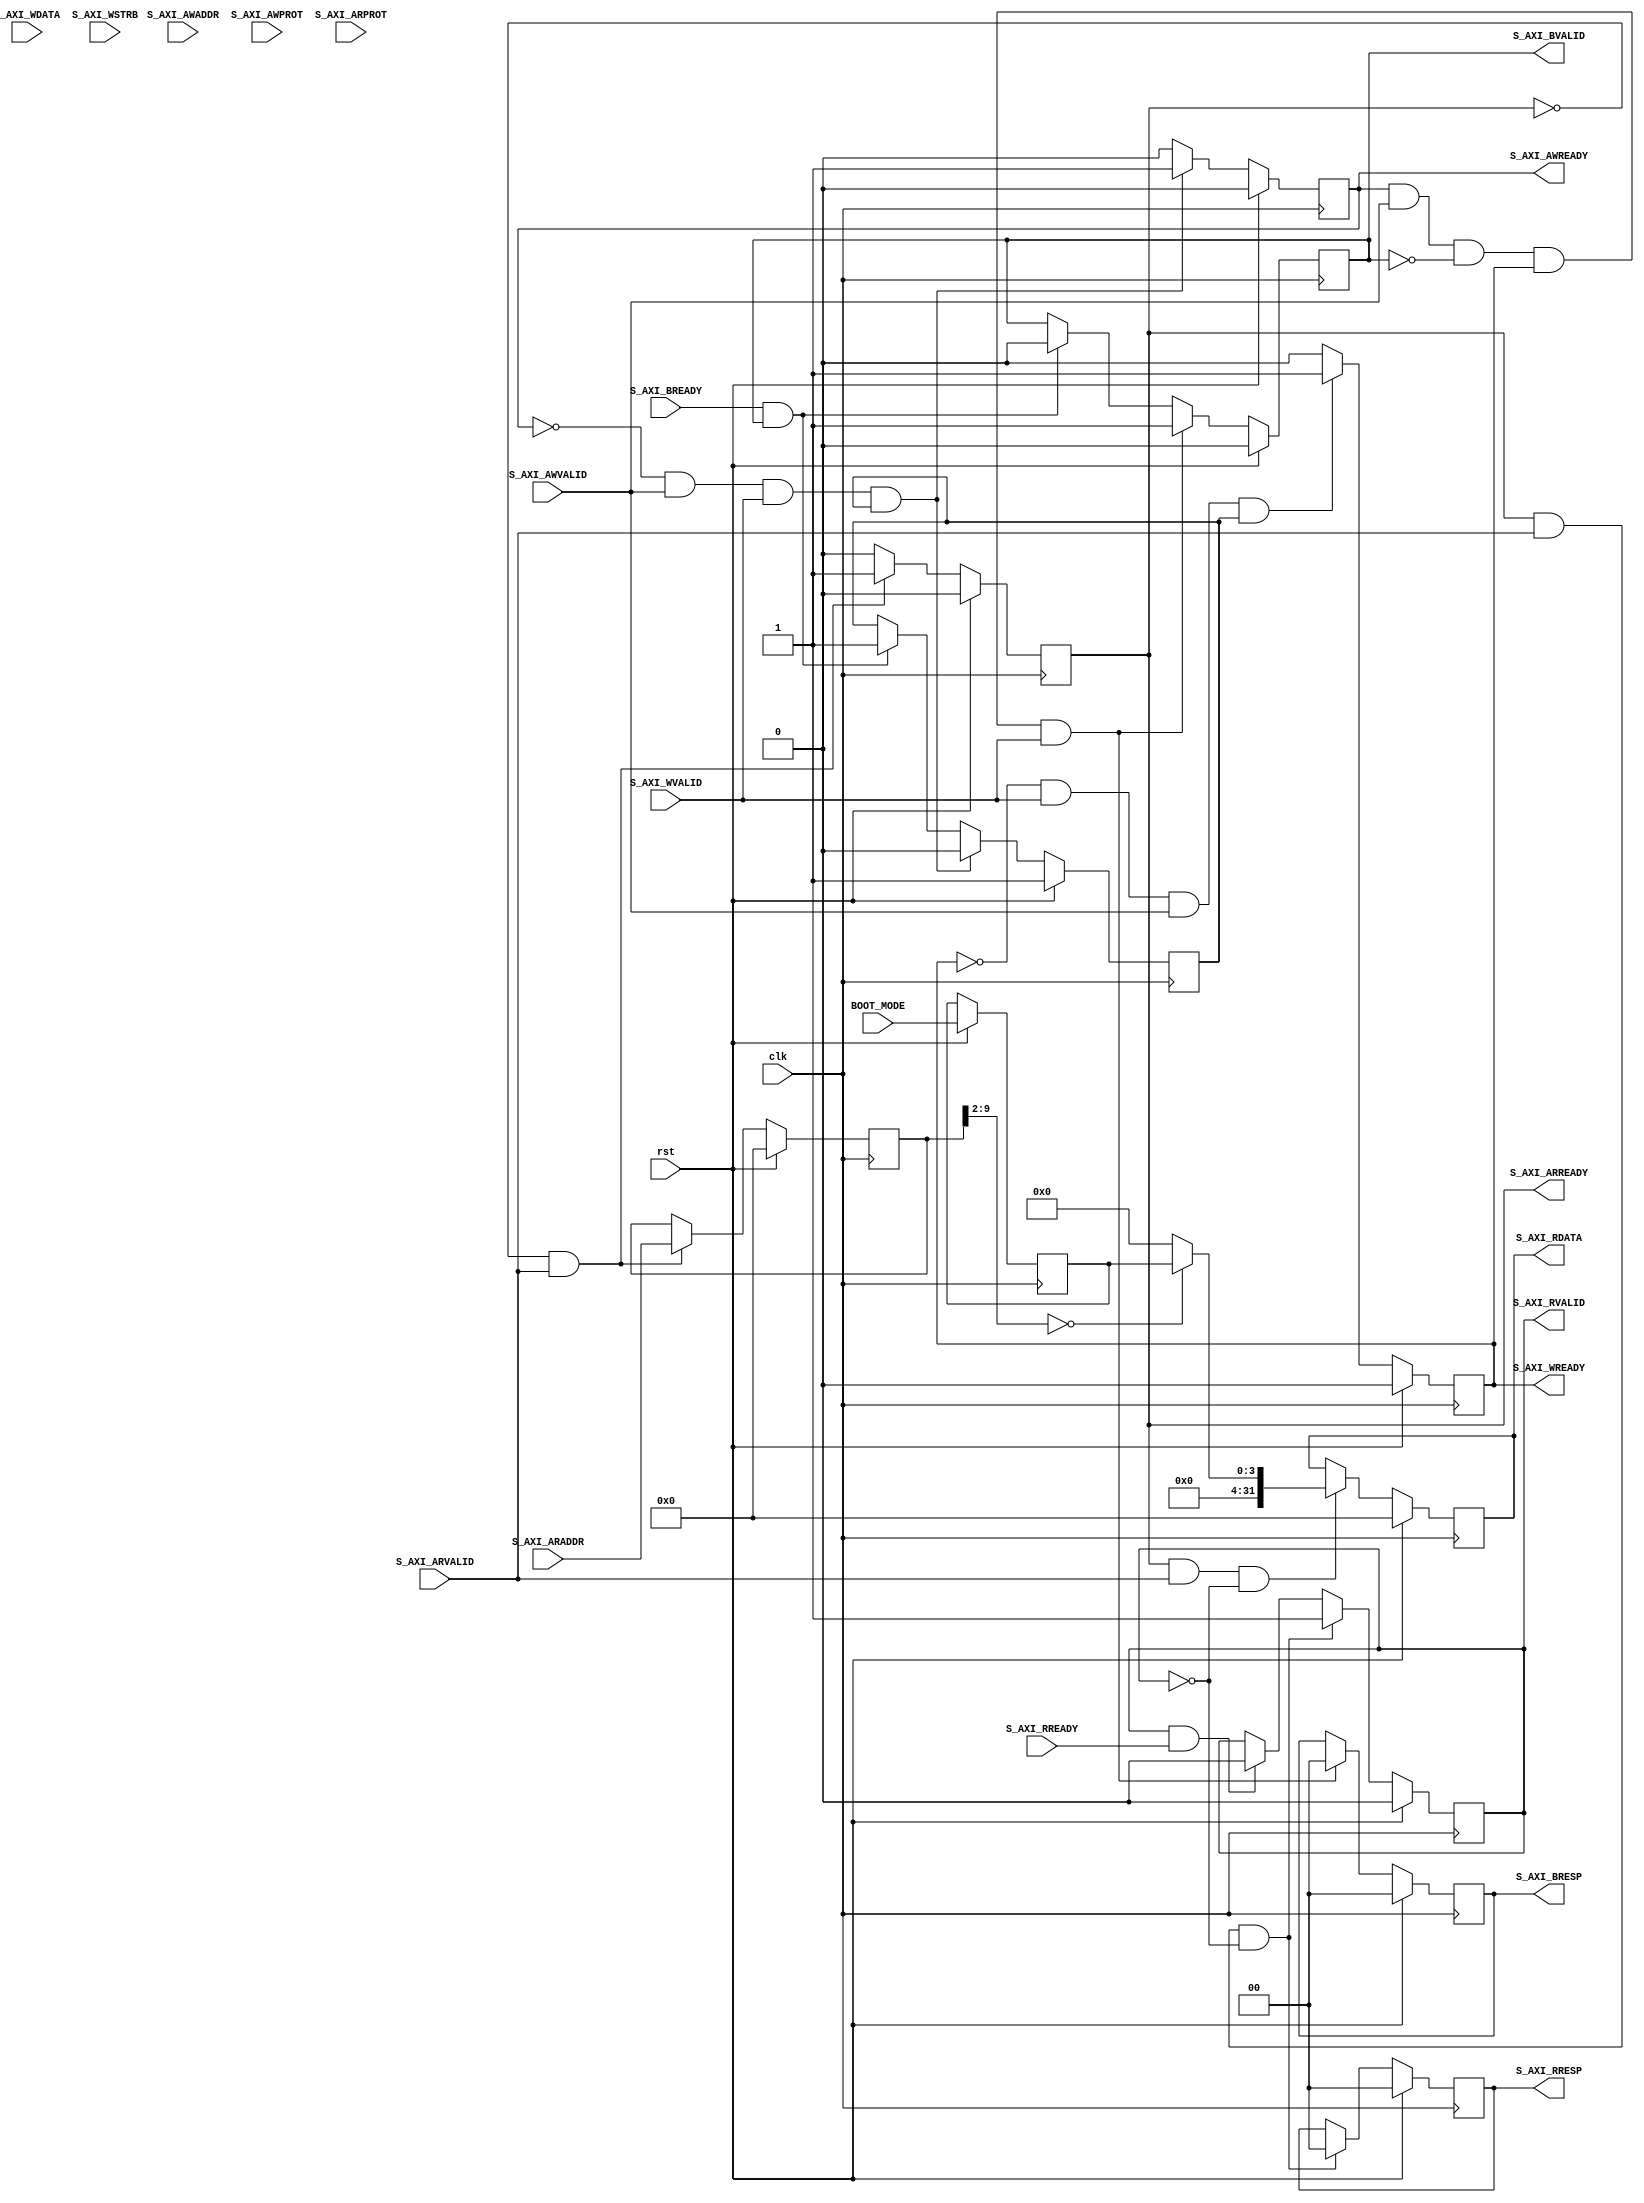
//******************************************************************************
// Copyright (c) 2018 - 2023, Indian Institute of Science, Bangalore.
// All Rights Reserved. See LICENSE for license details.
//------------------------------------------------------------------------------

// Contributors // Manish Kumar(manishkumar5@iisc.ac.in), Shubham Yadav(shubhamyadav@iisc.ac.in)
// Sajin S (sajins@alum.iisc.ac.in, Shubham Sunil Garag (shubhamsunil@alum.iisc.ac.in)
// Anuj Phegade (anujphegade@alum.iisc.ac.in), Deepshikha Gusain (deepshikhag@alum.iisc.ac.in)
// Ronit Patel (ronitpatel@alum.iisc.ac.in), Vishal Kumar (vishalkumar@alum.iisc.ac.in)
// Kuruvilla Varghese (kuru@iisc.ac.in)
//******************************************************************************
`timescale 1 ns / 1 ps

(* keep_hierarchy = "yes" *)
module CoreCFG_v1_0 #
(
    // Users to add parameters here

    // User parameters ends
    // Do not modify the parameters beyond this line

    // Width of S_AXI data bus
    parameter integer C_S_AXI_DATA_WIDTH    = 32,   //32 or 64 (module complient with both)
    // Width of S_AXI address bus
    parameter integer C_S_AXI_ADDR_WIDTH    = 32    //32 or 64 (module complient with both)
)
(
    // Users to add ports here
    input  wire [3:0]                           BOOT_MODE,

    // User ports ends
    // Do not modify the ports beyond this line
    input  wire                                 clk,           // Global Clock Signal
    input  wire                                 rst,           // Global Reset Signal

    input  wire [C_S_AXI_ADDR_WIDTH-1:0]        S_AXI_AWADDR,  // Write address (issued by master, acceped by Slave)
    input  wire [2:0]                           S_AXI_AWPROT,  // Write channel Protection type
    input  wire                                 S_AXI_AWVALID, // Write address valid
    output wire                                 S_AXI_AWREADY, // Write address ready

    input  wire [C_S_AXI_DATA_WIDTH-1:0]        S_AXI_WDATA,   // Write data (issued by master, acceped by Slave)
    input  wire [(C_S_AXI_DATA_WIDTH/8)-1:0]    S_AXI_WSTRB,   // Write strobes
    input  wire                                 S_AXI_WVALID,  // Write valid
    output wire                                 S_AXI_WREADY,  // Write ready

    output wire [1: 0]                          S_AXI_BRESP,   // Write response
    output wire                                 S_AXI_BVALID,  // Write response valid
    input  wire                                 S_AXI_BREADY,  // Response ready

    input  wire [C_S_AXI_ADDR_WIDTH-1:0]        S_AXI_ARADDR,  // Read address (issued by master, acceped by Slave)
    input  wire [2:0]                           S_AXI_ARPROT,  // Protection type
    input  wire                                 S_AXI_ARVALID, // Read address valid
    output wire                                 S_AXI_ARREADY, // Read address ready

    output wire [C_S_AXI_DATA_WIDTH-1:0]        S_AXI_RDATA,   // Read data (issued by slave)
    output wire [1:0]                           S_AXI_RRESP,   // Read response
    output wire                                 S_AXI_RVALID,  // Read valid
    input  wire                                 S_AXI_RREADY   // Read ready
);

wire S_AXI_ACLK     = clk;
wire S_AXI_ARESETN  = ~rst;

// AXI4LITE signals
reg [C_S_AXI_ADDR_WIDTH-1 : 0]  axi_awaddr;
reg     axi_awready;
reg     axi_wready;
reg [1 : 0]     axi_bresp;
reg     axi_bvalid;
reg [C_S_AXI_ADDR_WIDTH-1 : 0]  axi_araddr;
reg     axi_arready;
reg [C_S_AXI_DATA_WIDTH-1 : 0]  axi_rdata;
reg [1 : 0]     axi_rresp;
reg     axi_rvalid;

// Example-specific design signals
// local parameter for addressing 32 bit / 64 bit C_S_AXI_DATA_WIDTH
// ADDR_LSB is used for addressing 32/64 bit registers/memories
// ADDR_LSB = 2 for 32 bits (n downto 2)
// ADDR_LSB = 3 for 64 bits (n downto 3)
localparam integer ADDR_LSB = (C_S_AXI_DATA_WIDTH/32) + 1;
//----------------------------------------------
//-- Signals for user logic register space example
//------------------------------------------------
//-- Number of Slave Registers 256
reg [3:0]  boot_mode;


wire     slv_reg_rden;
wire     slv_reg_wren;
reg [C_S_AXI_DATA_WIDTH-1:0]     reg_data_out;
integer  byte_index;
reg  aw_en;

// I/O Connections assignments
assign S_AXI_AWREADY    = axi_awready;
assign S_AXI_WREADY = axi_wready;
assign S_AXI_BRESP  = axi_bresp;
assign S_AXI_BVALID = axi_bvalid;
assign S_AXI_ARREADY    = axi_arready;
assign S_AXI_RDATA  = axi_rdata;
assign S_AXI_RRESP  = axi_rresp;
assign S_AXI_RVALID = axi_rvalid;

// Implement axi_awready generation
// axi_awready is asserted for one S_AXI_ACLK clock cycle when both
// S_AXI_AWVALID and S_AXI_WVALID are asserted. axi_awready is
// de-asserted when reset is low.
always @(posedge S_AXI_ACLK)
begin
    if(S_AXI_ARESETN == 1'b0) begin
        axi_awready <= 1'b0;
        aw_en <= 1'b1;
    end
    else begin
        if(~axi_awready && S_AXI_AWVALID && S_AXI_WVALID && aw_en) begin
            // slave is ready to accept write address when
            // there is a valid write address and write data
            // on the write address and data bus. This design
            // expects no outstanding transactions.
            axi_awready <= 1'b1;
            aw_en <= 1'b0;
        end
        else if(S_AXI_BREADY && axi_bvalid) begin
            aw_en <= 1'b1;
            axi_awready <= 1'b0;
        end
        else begin
            axi_awready <= 1'b0;
        end
    end
end

// Implement axi_awaddr latching
// This process is used to latch the address when both
// S_AXI_AWVALID and S_AXI_WVALID are valid.
always @(posedge S_AXI_ACLK)
begin
    if(S_AXI_ARESETN == 1'b0) begin
        axi_awaddr <= 0;
    end
    else begin
        if(~axi_awready && S_AXI_AWVALID && S_AXI_WVALID && aw_en) begin
            // Write Address latching
            axi_awaddr <= S_AXI_AWADDR;
        end
    end
end

// Implement axi_wready generation
// axi_wready is asserted for one S_AXI_ACLK clock cycle when both
// S_AXI_AWVALID and S_AXI_WVALID are asserted. axi_wready is
// de-asserted when reset is low.
always @(posedge S_AXI_ACLK)
begin
    if(S_AXI_ARESETN == 1'b0) begin
        axi_wready <= 1'b0;
    end
    else begin
        if(~axi_wready && S_AXI_WVALID && S_AXI_AWVALID && aw_en) begin
            // slave is ready to accept write data when
            // there is a valid write address and write data
            // on the write address and data bus. This design
            // expects no outstanding transactions.
            axi_wready <= 1'b1;
        end
        else begin
            axi_wready <= 1'b0;
        end
    end
end

// Implement memory mapped register select and write logic generation
// The write data is accepted and written to memory mapped registers when
// axi_awready, S_AXI_WVALID, axi_wready and S_AXI_WVALID are asserted. Write strobes are used to
// select byte enables of slave registers while writing.
// These registers are cleared when reset (active low) is applied.
// Slave register write enable is asserted when valid address and data are available
// and the slave is ready to accept the write address and write data.
assign slv_reg_wren = axi_wready && S_AXI_WVALID && axi_awready && S_AXI_AWVALID;

always @(posedge S_AXI_ACLK)
begin
    if(S_AXI_ARESETN == 1'b0) begin
        boot_mode <= BOOT_MODE;
    end
    else begin
        //User Register Update Logic
        //NOTE: boot_mode is updated only during reset
        if(slv_reg_wren) begin
            case (axi_awaddr[ADDR_LSB+7:ADDR_LSB])
                8'h00: begin
                    //Read Only Register (boot_mode)
                    boot_mode <= boot_mode;
                end
                default: begin
                    boot_mode <= boot_mode;
                end
            endcase
        end
    end
end

// Implement write response logic generation
// The write response and response valid signals are asserted by the slave
// when axi_wready, S_AXI_WVALID, axi_wready and S_AXI_WVALID are asserted.
// This marks the acceptance of address and indicates the status of
// write transaction.
always @(posedge S_AXI_ACLK)
begin
    if(S_AXI_ARESETN == 1'b0) begin
        axi_bvalid  <= 0;
        axi_bresp   <= 2'b0;
    end
    else begin
        if(axi_awready && S_AXI_AWVALID && ~axi_bvalid && axi_wready && S_AXI_WVALID) begin
            // indicates a valid write response is available
            axi_bvalid <= 1'b1;
            axi_bresp  <= 2'b0; // 'OKAY' response
        end                                     // work error responses in future
        else begin
            if(S_AXI_BREADY && axi_bvalid) begin
                //check if bready is asserted while bvalid is high)
                //(there is a possibility that bready is always asserted high)
                axi_bvalid <= 1'b0;
            end
        end
    end
end

// Implement axi_arready generation
// axi_arready is asserted for one S_AXI_ACLK clock cycle when
// S_AXI_ARVALID is asserted. axi_awready is
// de-asserted when reset (active low) is asserted.
// The read address is also latched when S_AXI_ARVALID is
// asserted. axi_araddr is reset to zero on reset assertion.

always @(posedge S_AXI_ACLK)
begin
    if(S_AXI_ARESETN == 1'b0) begin
        axi_arready <= 1'b0;
        axi_araddr  <= 64'b0;
    end
    else begin
        if(~axi_arready && S_AXI_ARVALID) begin
            // indicates that the slave has acceped the valid read address
            axi_arready <= 1'b1;
            // Read address latching
            axi_araddr  <= S_AXI_ARADDR;
        end
        else begin
            axi_arready <= 1'b0;
        end
    end
end

// Implement axi_arvalid generation
// axi_rvalid is asserted for one S_AXI_ACLK clock cycle when both
// S_AXI_ARVALID and axi_arready are asserted. The slave registers
// data are available on the axi_rdata bus at this instance. The
// assertion of axi_rvalid marks the validity of read data on the
// bus and axi_rresp indicates the status of read transaction.axi_rvalid
// is deasserted on reset (active low). axi_rresp and axi_rdata are
// cleared to zero on reset (active low).
always @(posedge S_AXI_ACLK)
begin
    if(S_AXI_ARESETN == 1'b0) begin
        axi_rvalid <= 0;
        axi_rresp  <= 0;
    end
    else begin
        if(axi_arready && S_AXI_ARVALID && ~axi_rvalid) begin
            // Valid read data is available at the read data bus
            axi_rvalid <= 1'b1;
            axi_rresp  <= 2'b0; // 'OKAY' response
        end
        else if(axi_rvalid && S_AXI_RREADY) begin
            // Read data is accepted by the master
            axi_rvalid <= 1'b0;
        end
    end
end

// Implement memory mapped register select and read logic generation
// Slave register read enable is asserted when valid address is available
// and the slave is ready to accept the read address.
assign slv_reg_rden = axi_arready & S_AXI_ARVALID & ~axi_rvalid;
always @(*) begin
    // Address decoding for reading registers
    case (axi_araddr[ADDR_LSB+7:ADDR_LSB])
        8'h00       : begin
            reg_data_out      = 0;
            reg_data_out[3:0] = boot_mode;
        end
        default     : reg_data_out = 0;
    endcase
end

// Output register or memory read data
always @(posedge S_AXI_ACLK)
begin
    if(S_AXI_ARESETN == 1'b0) begin
        axi_rdata  <= 0;
    end
    else begin
        // When there is a valid read address (S_AXI_ARVALID) with
        // acceptance of read address by the slave (axi_arready),
        // output the read dada
        if(slv_reg_rden) begin
            axi_rdata <= reg_data_out;       // register read data
        end
    end
end

// Add user logic here

// User logic ends

endmodule